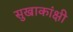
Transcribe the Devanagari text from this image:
सुखाकांक्षी